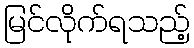
မြင်လိုက်ရသည့်